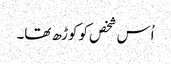
اُس شخص کو کوڑھ تھا۔